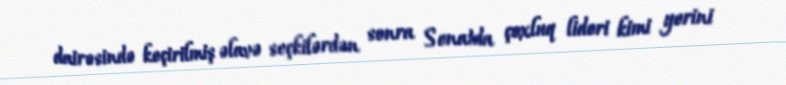
dairəsində keçirilmiş əlavə seçkilərdən sonra Senatda çoxluq lideri kimi yerini